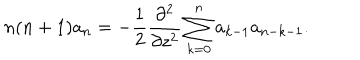
n ( n + 1 ) a _ { n } = - \frac { 1 } { 2 } \frac { \partial ^ { 2 } } { \partial z ^ { 2 } } \sum _ { k = 0 } ^ { n } a _ { k - 1 } a _ { n - k - 1 } .